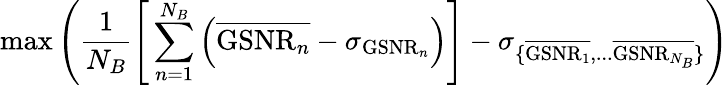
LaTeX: \operatorname*{max}\left(\frac{1}{N_{B}}\left[\, \sum_{n=1}^{N_{B}}\left(\overline{{\mathrm{GSNR}_{n}}}-\sigma_{\mathrm{GSNR}_{n}}\right)\right]-\sigma_{\{ \overline{{\mathrm{GSNR}_{1}}},...\overline{{\mathrm{GSNR}_{N_{B}}}}\} }\right)